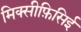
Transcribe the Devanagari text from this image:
मिक्सीफ़िसिई